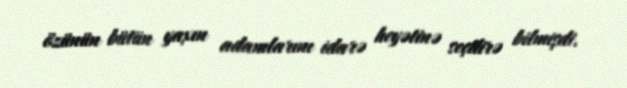
özünün bütün yaxın adamlarını idarə heyətinə seçdirə bilmişdi.